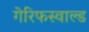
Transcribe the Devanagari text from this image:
गेरिफस्वाल्ड